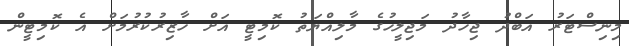
މިނިސްޓަރު އަބްދު ޖިހާދު މަޖިލީހުގެ މާލިއްޔަތު ކޮމިޓީ އަށް ހާޒިރުކުރުމަށް އެ ކޮމިޓީން